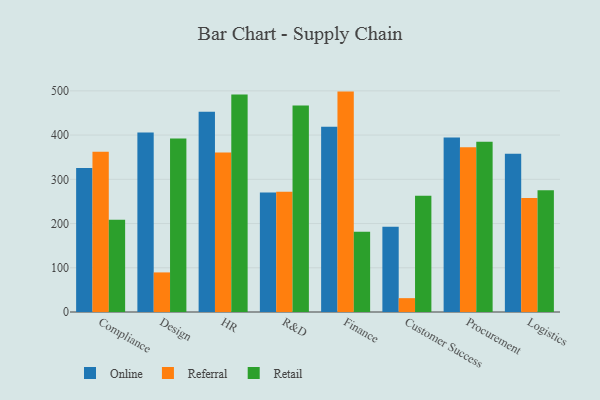
{"axis": {"x": "Department", "y": "Waste Production (Tons)"}, "legend": ["Online", "Referral", "Retail"], "data": [{"x": "Compliance", "y": 325.8, "type": "Online"}, {"x": "Compliance", "y": 362.1, "type": "Referral"}, {"x": "Compliance", "y": 208.4, "type": "Retail"}, {"x": "Design", "y": 405.9, "type": "Online"}, {"x": "Design", "y": 89.5, "type": "Referral"}, {"x": "Design", "y": 392.0, "type": "Retail"}, {"x": "HR", "y": 452.8, "type": "Online"}, {"x": "HR", "y": 360.7, "type": "Referral"}, {"x": "HR", "y": 491.5, "type": "Retail"}, {"x": "R&D", "y": 269.9, "type": "Online"}, {"x": "R&D", "y": 271.9, "type": "Referral"}, {"x": "R&D", "y": 466.8, "type": "Retail"}, {"x": "Finance", "y": 418.9, "type": "Online"}, {"x": "Finance", "y": 498.3, "type": "Referral"}, {"x": "Finance", "y": 181.7, "type": "Retail"}, {"x": "Customer Success", "y": 192.6, "type": "Online"}, {"x": "Customer Success", "y": 31.3, "type": "Referral"}, {"x": "Customer Success", "y": 262.7, "type": "Retail"}, {"x": "Procurement", "y": 394.4, "type": "Online"}, {"x": "Procurement", "y": 372.3, "type": "Referral"}, {"x": "Procurement", "y": 385.0, "type": "Retail"}, {"x": "Logistics", "y": 357.6, "type": "Online"}, {"x": "Logistics", "y": 257.6, "type": "Referral"}, {"x": "Logistics", "y": 275.1, "type": "Retail"}]}